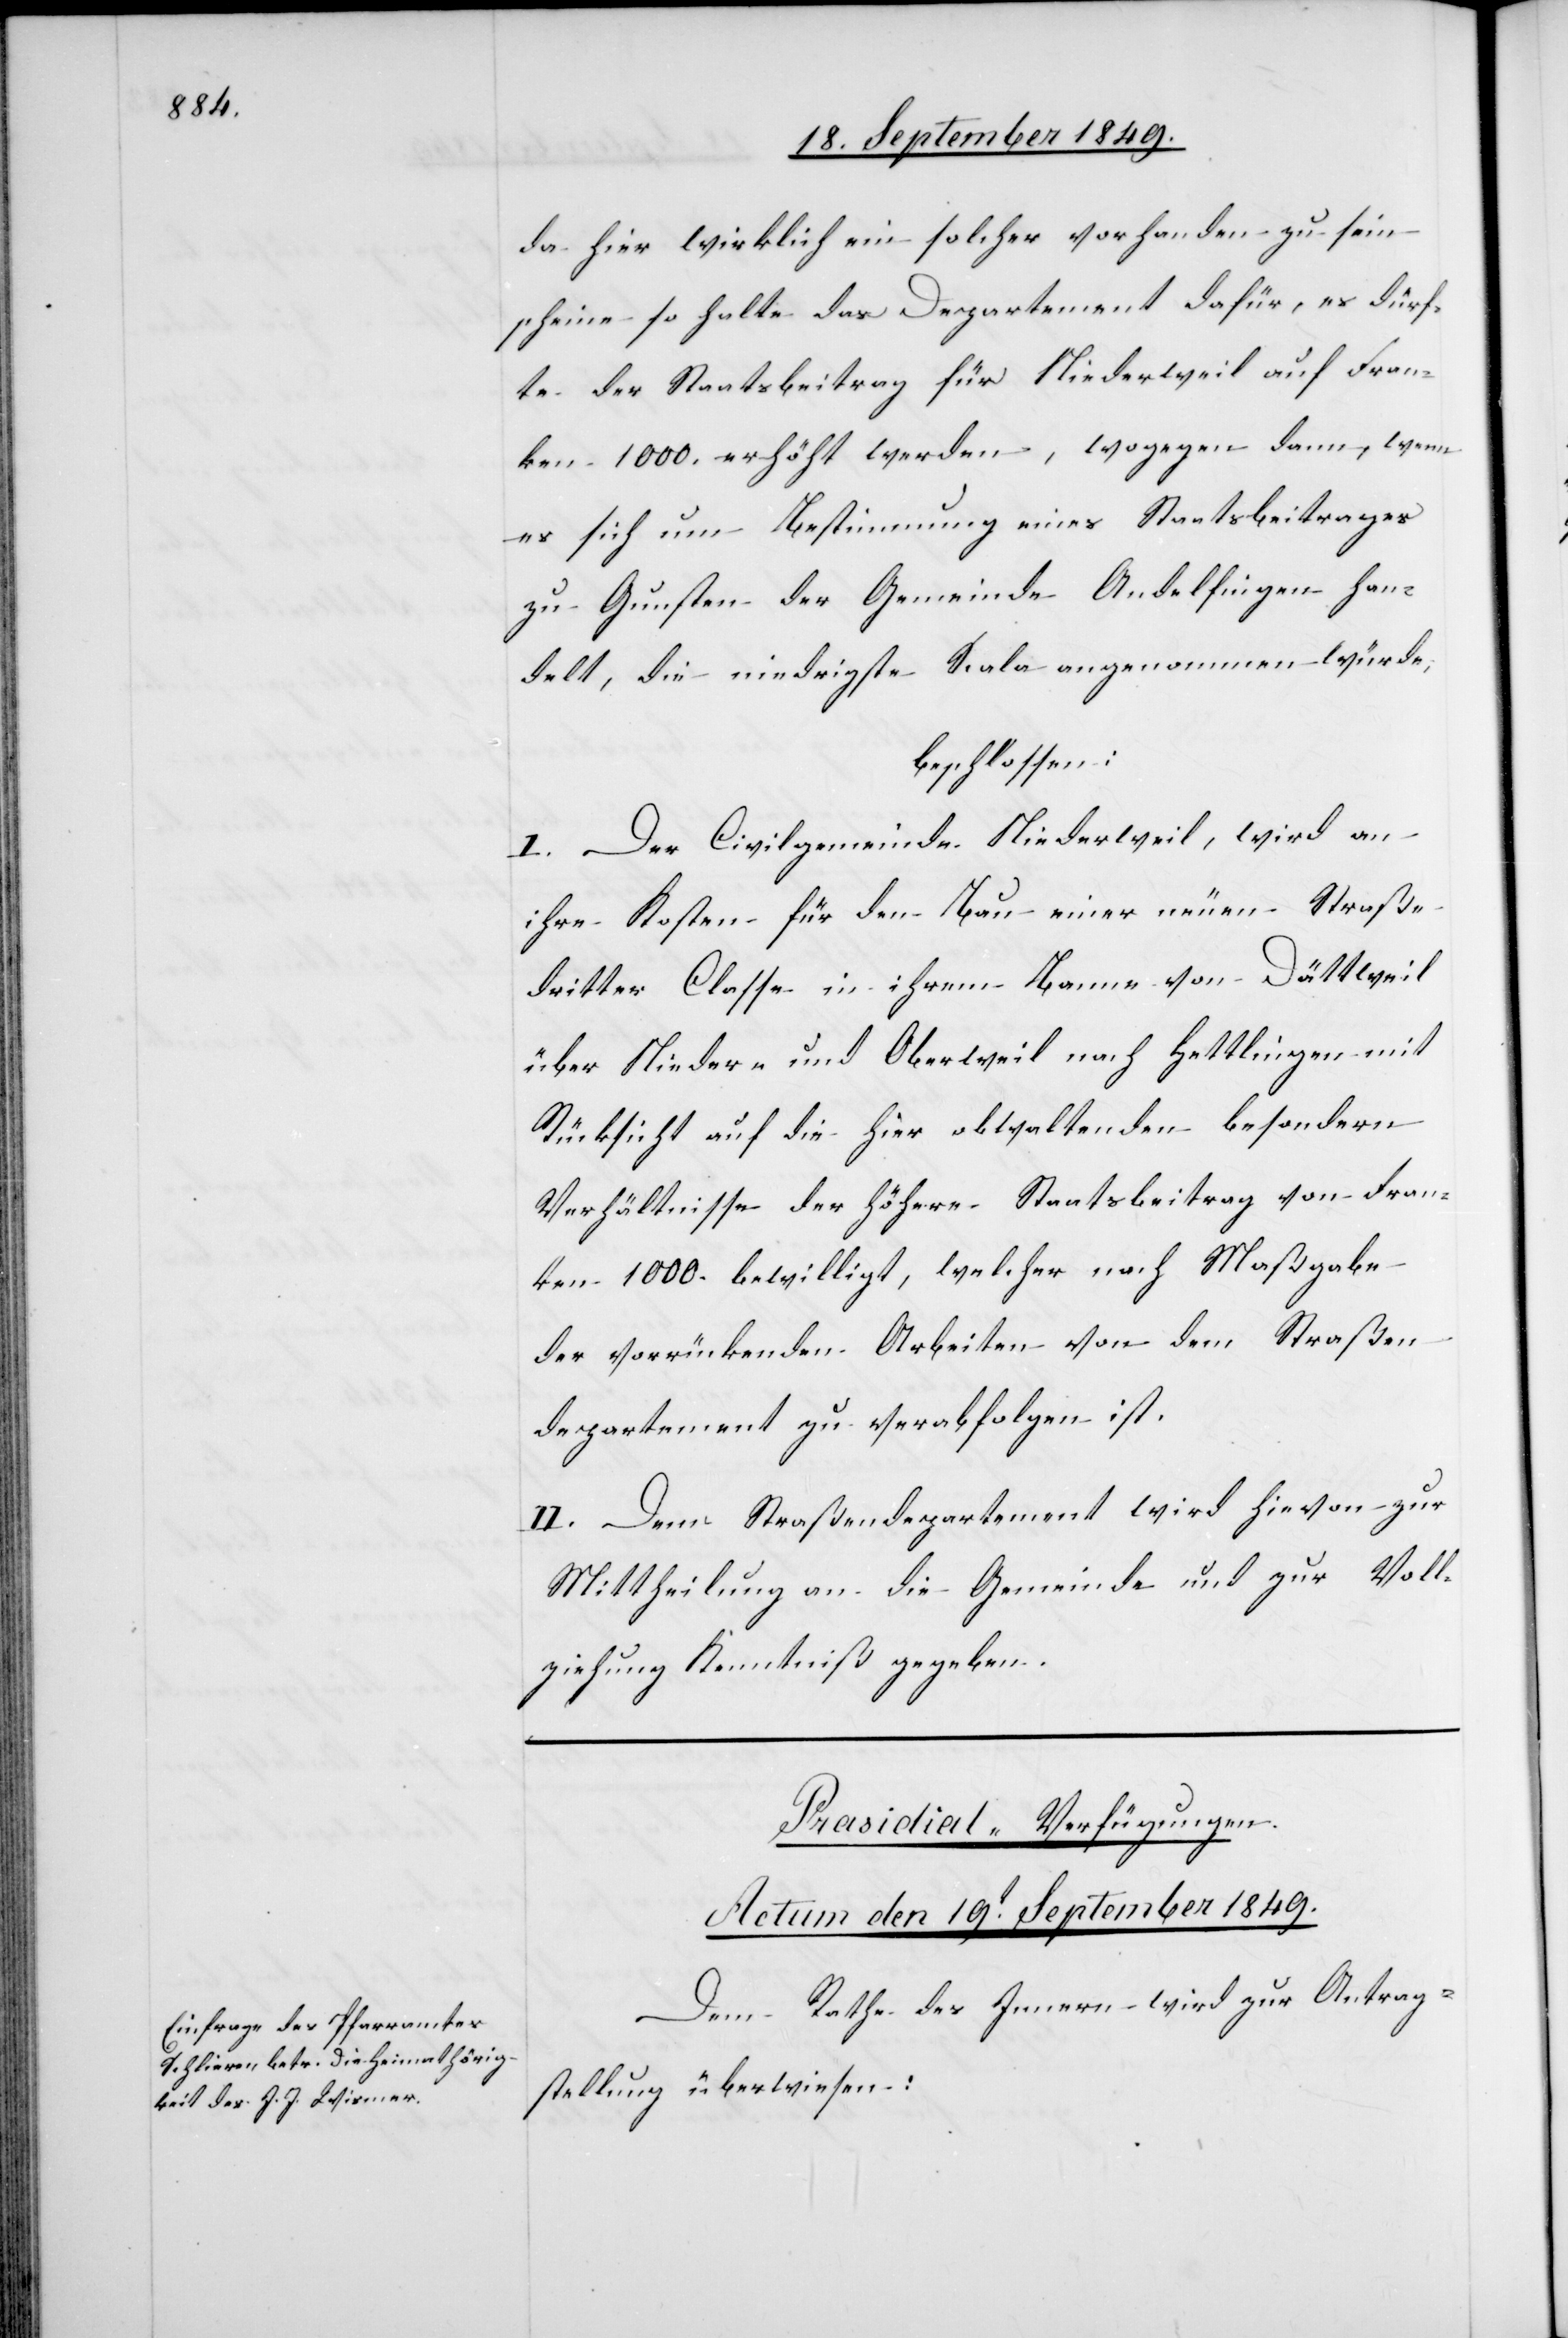
da hier wirklich ein solcher vorhanden zu sein
scheine so halte das Departement dafür, es dürf¬
te der Staatsbeitrag für Niederweil auf Fran¬
ken 1 000. erhöht werden, wogegen dann, wenn
es sich um Bestimmung eines Staatsbeitrages
zu Gunsten der Gemeinde Andelfingen han¬
delt, die niedrigste Scala angenommen würde,
beschlossen:
I. Der Civilgemeinde Niederweil, wird an
ihre Kosten für den Bau einer neuen Straße
dritter Classe in ihrem Banne von Dättweil
über Nieder- und Oberweil nach Hettlingen mit
Rücksicht auf die hier obwaltenden besondern
Verhältnisse der höhere Staatsbeitrag von Fran¬
ken 1 000. bewilligt, welcher nach Maßgabe
der vorrückenden Arbeiten von dem Straßen¬
departement zu verabfolgen ist.
II. Dem Straßendepartement wird hievon zur
Mittheilung an die Gemeinde und zur Voll¬
ziehung Kenntniß gegeben.
Prasidial-Verfügungen.
Actum den 19.t September 1849.
Dem Rathe des Innern wird zur Antrag¬
stellung überwiesen: